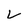
Character: v